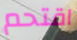
اقتحم